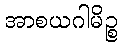
အာစယဂါမိဉ္စ